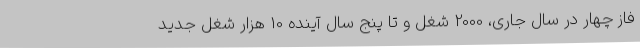
فاز چهار در سال جاری، 2000 شغل و تا پنج سال آینده 10 هزار شغل جدید